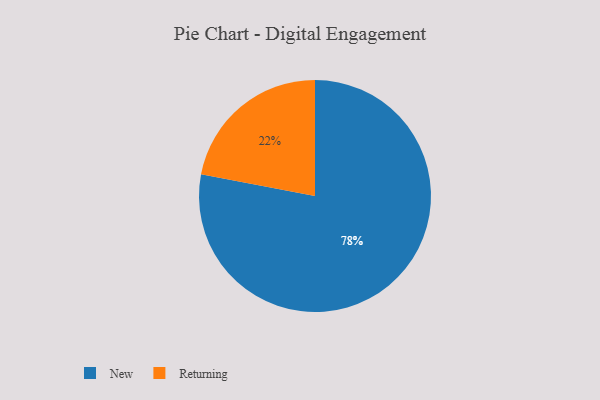
{"axis": {"x": "Category", "y": "Percentage"}, "legend": ["New", "Returning"], "data": [{"x": "New", "y": 78, "type": "New"}, {"x": "Returning", "y": 22, "type": "Returning"}]}